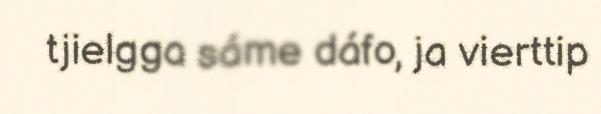
tjielgga sáme dáfo, ja vierttip